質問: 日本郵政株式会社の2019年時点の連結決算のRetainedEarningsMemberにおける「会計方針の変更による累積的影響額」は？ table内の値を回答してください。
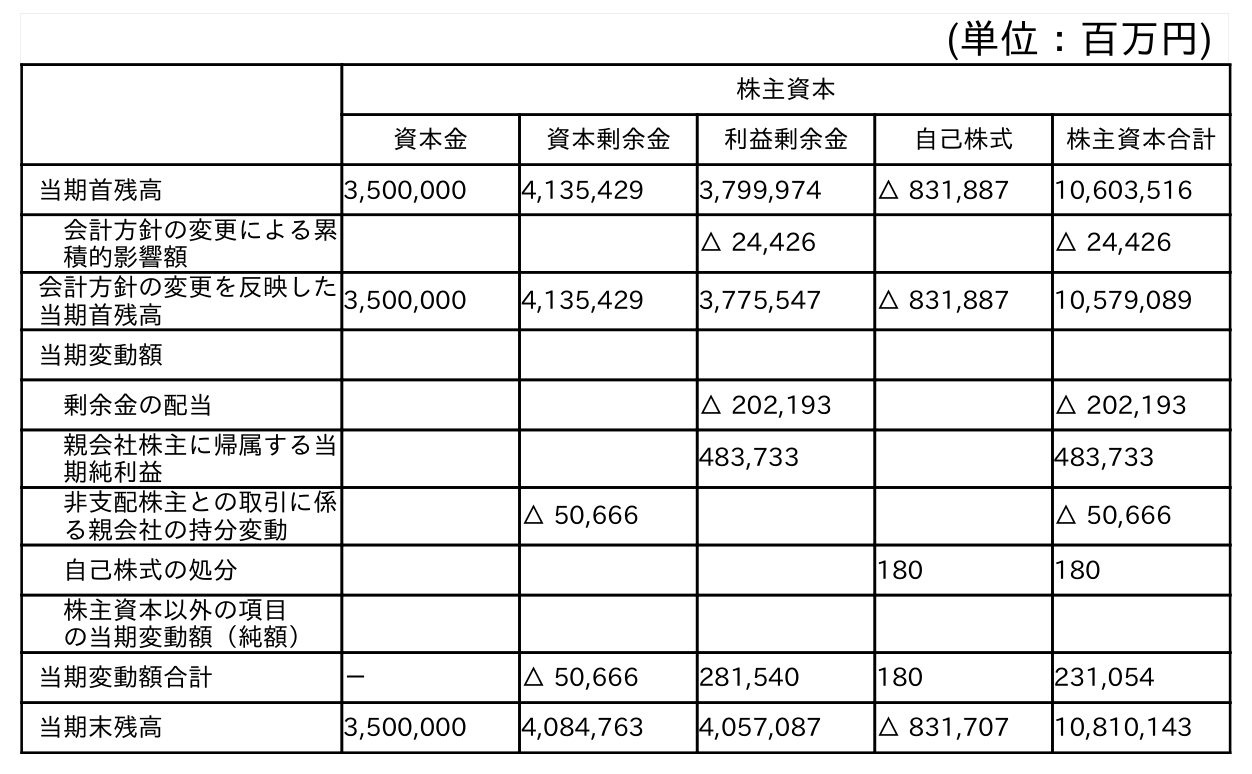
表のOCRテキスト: (単位：百万円) 株主資本 資本金 資本剰余金 利益剰余金 自己株式 株主資本合計 当期首残高 3,500,000 4,135,429 3,799,974 △ 831,887 10,603,516 会計方針の変更による累 積的影響額 △ 24,426 △ 24,426 会計方針の変更を反映した 当期首残高 3,500,000 4,135,429 3,775,547 △ 831,887 10,579,089 当期変動額 剰余金の配当 △ 202,193 △ 202,193 親会社株主に帰属する当 期純利益 483,733 483,733 非支配株主との取引に係 る親会社の持分変動 △ 50,666 △ 50,666 自己株式の処分 180 180 株主資本以外の項目 の当期変動額（純額） 当期変動額合計 － △ 50,666 281,540 180 231,054 当期末残高 3,500,000 4,084,763 4,057,087 △ 831,707 10,810,143
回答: △24,426